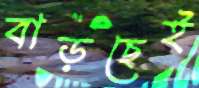
বাড়ছেই